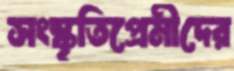
সংস্কৃতিপ্রেমীদের